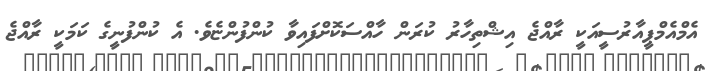
އެމްއެމްޕީއާރުސީއަކީ ރާއްޖެ އިޝްތިހާރު ކުރަން ހާއްސަކޮށްފައިވާ ކުންފުންޏެވެ. އެ ކުންފުނީގެ ކަމަކީ ރާއްޖެ